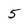
Character: 5